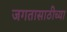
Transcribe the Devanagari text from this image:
जगतासाठीच्या